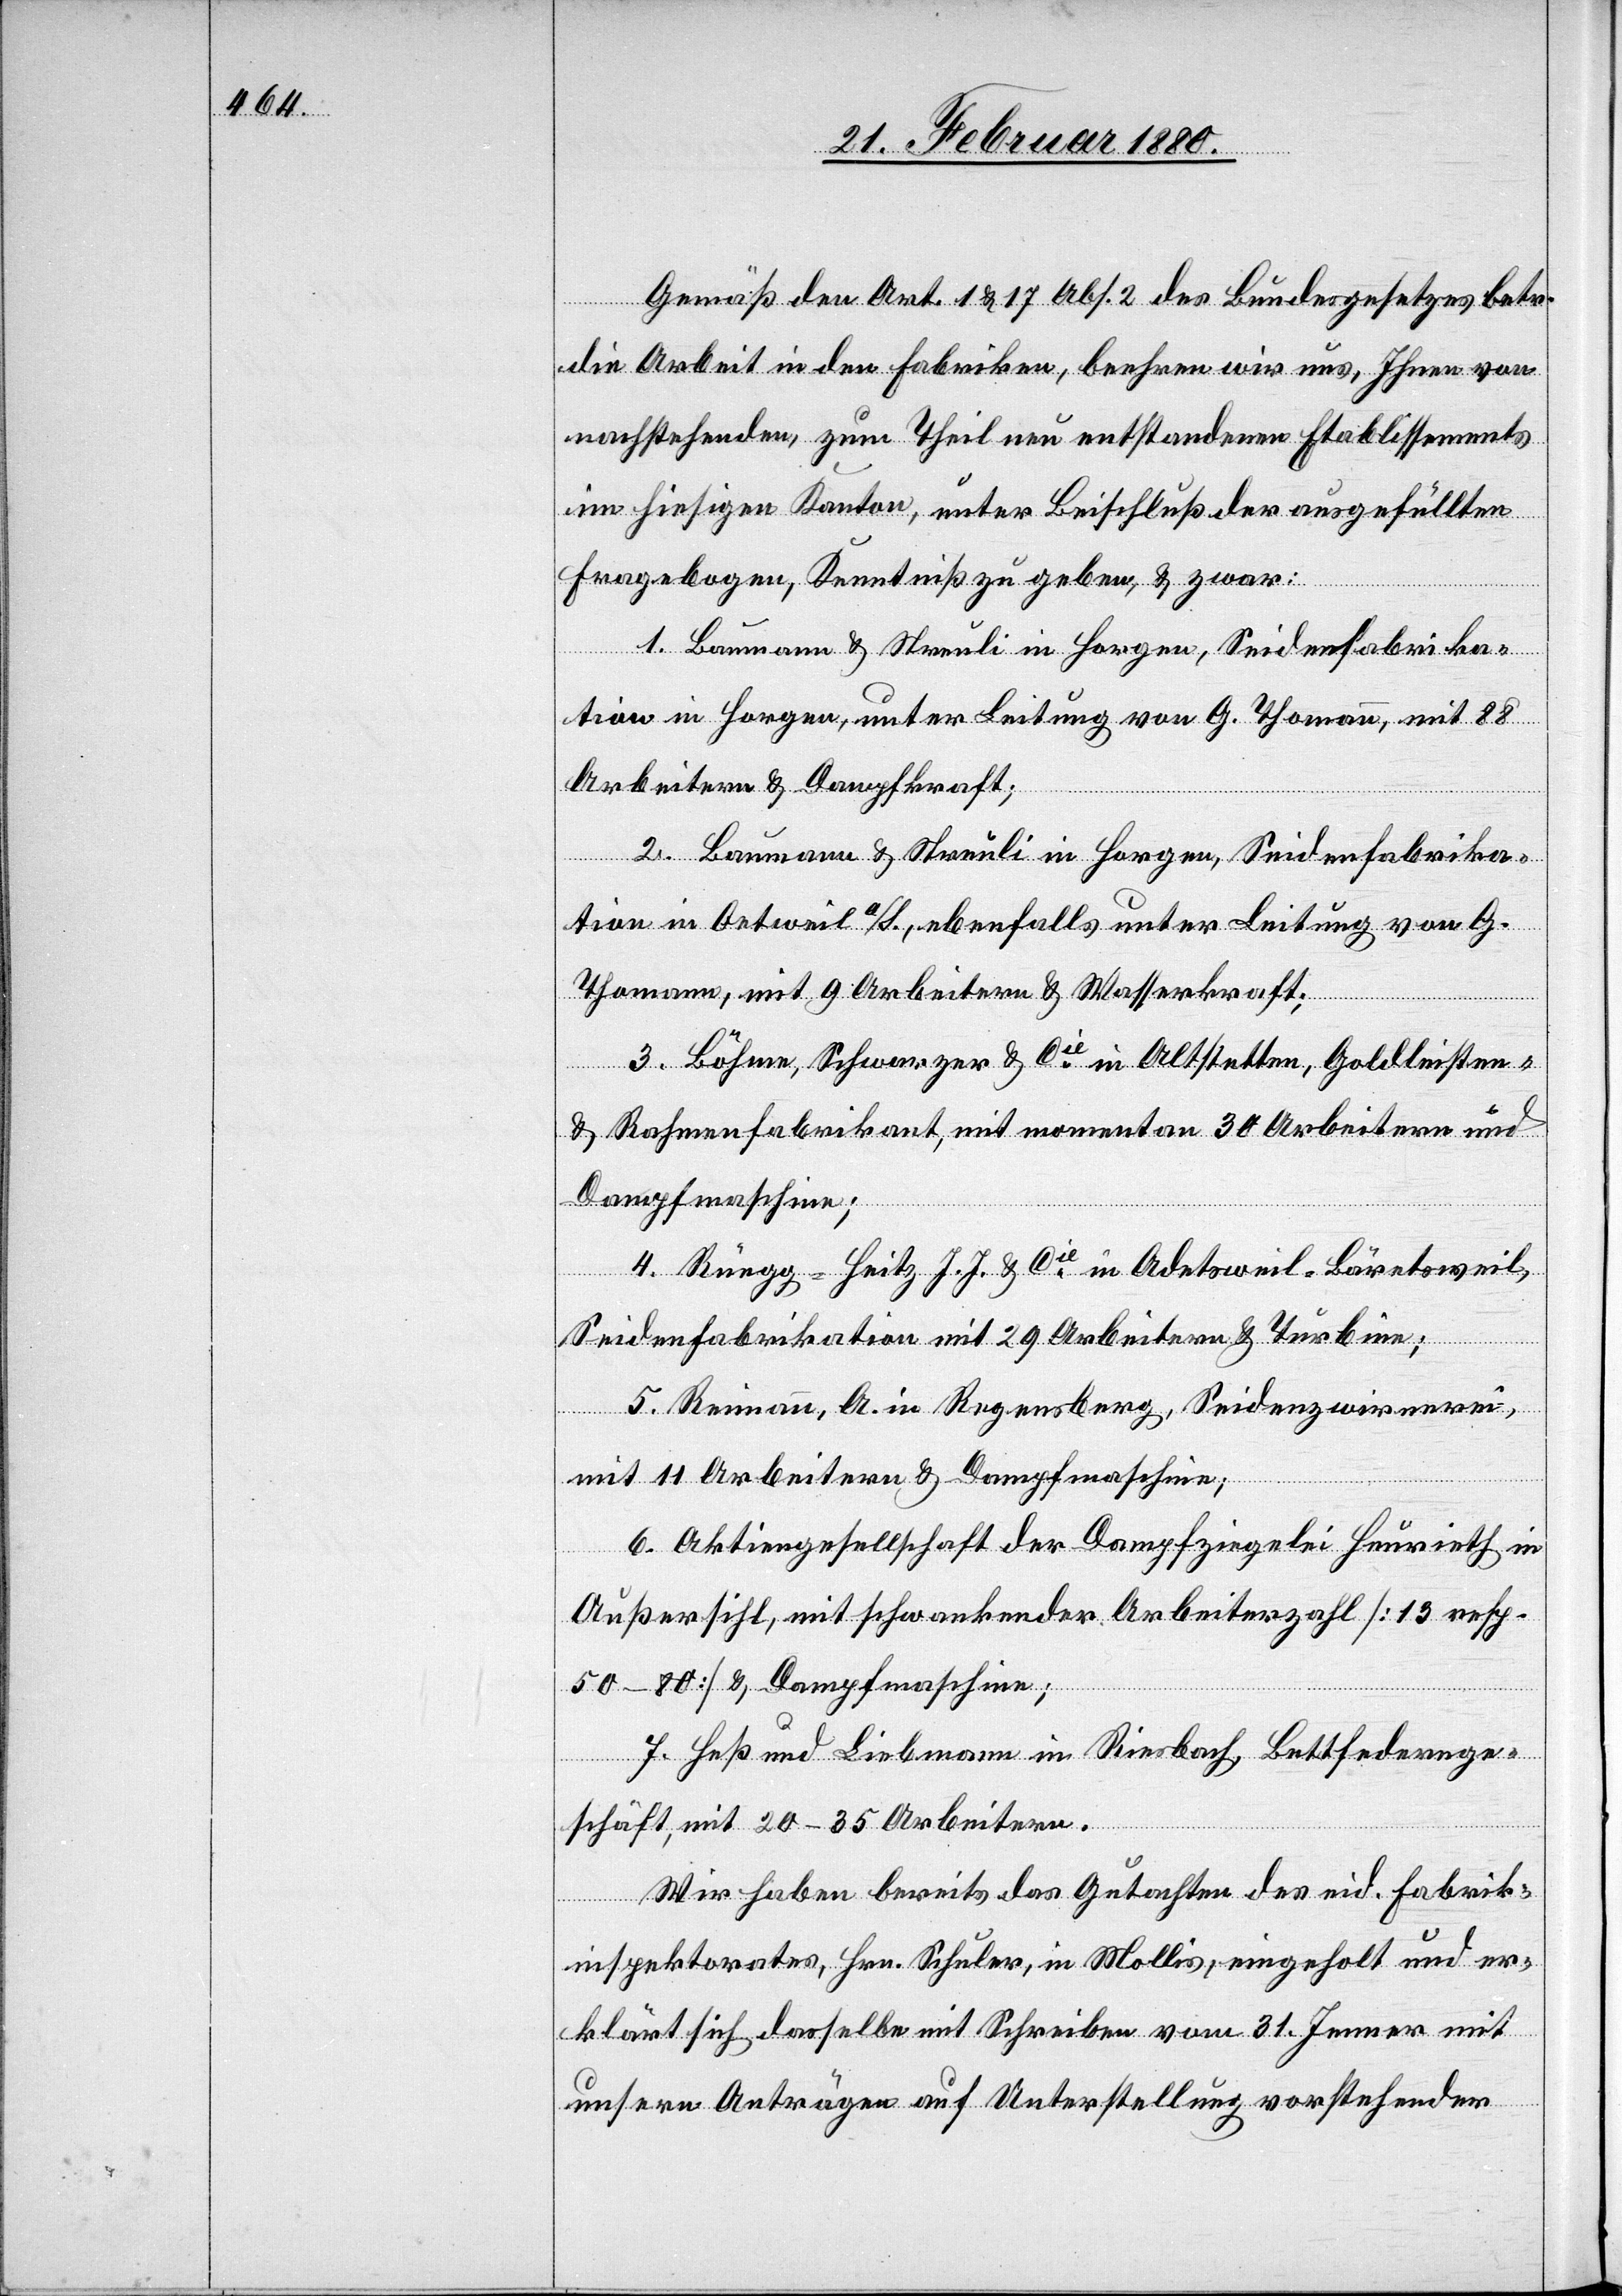
Gemäß den Art. 1 & 17 Abs. 2 des Bundesgesetzes betr.
die Arbeit in den Fabriken, beehren wir uns, Ihnen von
nachstehenden, zum Theil neu entstandenen Etablissements
im hiesigen Kanton, unter Beischluß der ausgefüllten
Fragebogen, Kenntniß zu geben, & zwar:
tion in Horgen, unter Leitung von G. Thomann, mit 88
Arbeitern & Dampfkraft;
Baumann & Streuli in Horgen, Seidenfabrika¬
tion in Oetweil a/S., ebenfalls unter Leitung von G.
Thomann, mit 9 Arbeitern & Wasserkraft;
Böhme, Schwarzer & Cie in Altstetten, Goldleisten-
& Rahmenfabrikant, mit momentan 30 Arbeitern und
Dampfmaschine;
Rüegg-Heitz J. J. & Cie in Adetsweil-Bäretsweil,
Seidenfabrikation mit 29 Arbeitern & Turbine;
Reimann, A. in Regensberg, Seidenzwirrerei
mit 11 Arbeitern & Dampfmaschine;
Aktiengesellschaft der Dampfziegelei Heurieth in
5.
Außersihl, mit schwankender Arbeiterzahl [13 resp.
50–80[ & Dampfmaschine;
7.
Heß und Liebmann in Riesbach, Bettfedernge¬
schäft, mit 20–35 Arbeitern.
Wir haben bereits das Gutachten des eid. Fabrik¬
inspektorates, Hrn. Schuler, in Mollis, eingeholt und er¬
klärt sich dasselbe mit Schreiben vom 31. Jenner mit
unsern Anträgen auf Unterstellung vorstehender